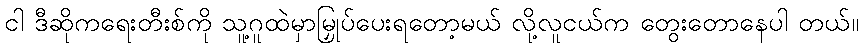
ငါ ဒီဆိုကရေးတီးစ်ကို သူ့ဂူထဲမှာမြှုပ်ပေးရတော့မယ် လို့လူငယ်က တွေးတောနေပါ တယ်။